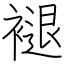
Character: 褪